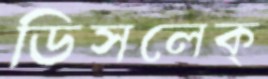
ডিসলেক্